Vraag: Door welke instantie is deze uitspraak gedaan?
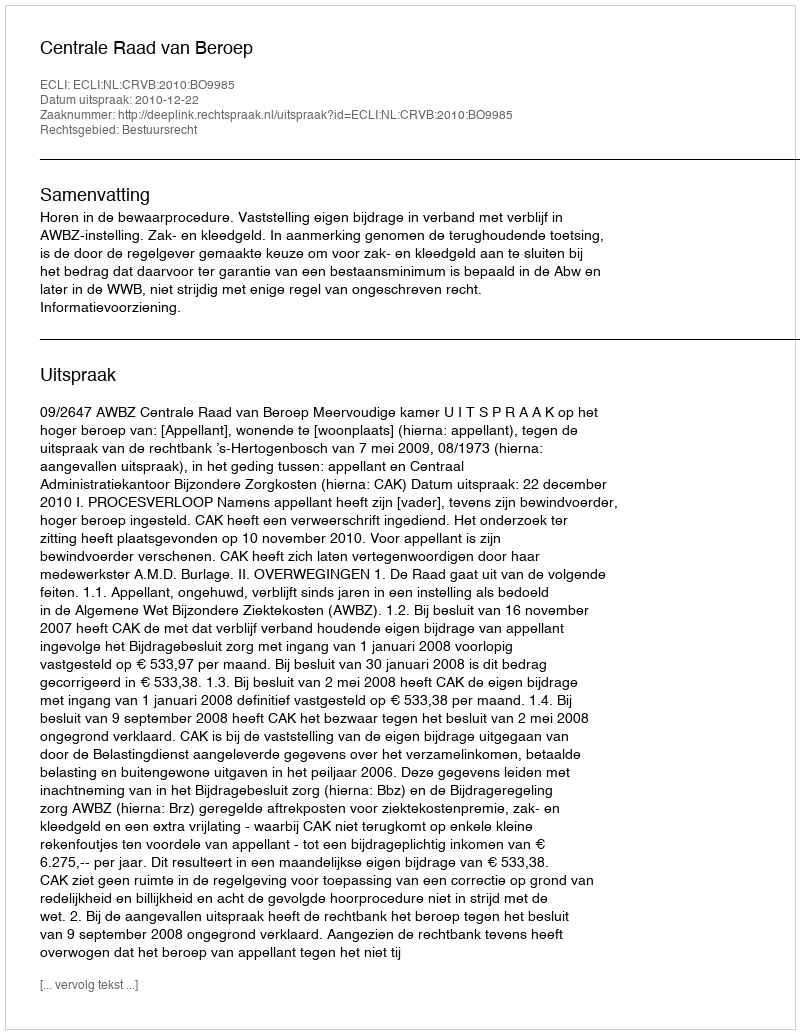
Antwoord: Centrale Raad van Beroep